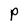
Character: P